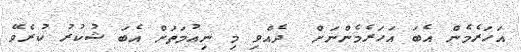
އަހަރެމެން އެބަ އަހަރެމެންނަށް  ދެއްވި މި ނިޢުމަތަށް އެބަ ޝުކުރު ކުރެވޭ